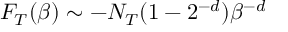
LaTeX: F _ { T } ( \beta ) \sim - N _ { T } ( 1 - 2 ^ { - d } ) \beta ^ { - d }